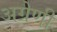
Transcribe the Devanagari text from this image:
अग्रेणी